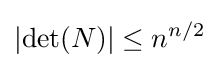
\left|\det(N)\right|\leq n^{n/2}